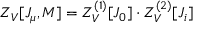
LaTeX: Z _ { V } [ J _ { \mu } , M ] = Z _ { V } ^ { ( 1 ) } [ J _ { 0 } ] \cdot Z _ { V } ^ { ( 2 ) } [ J _ { i } ]